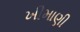
ખીમાણી